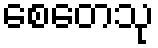
စေတေသု